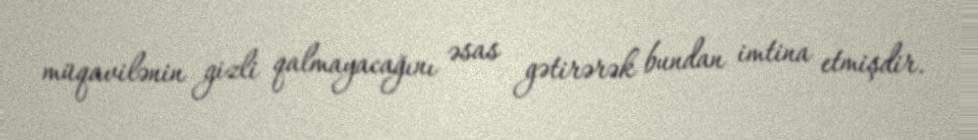
müqavilənin gizli qalmayacağını əsas gətirərək bundan imtina etmişdir.